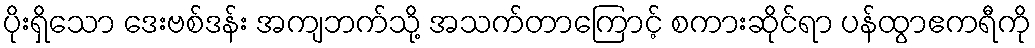
ပိုးရှိသော ဒေးဗစ်ဒန်း အကျဘက်သို့ အသက်တာကြောင့် စကားဆိုင်ရာ ပန်ထွာဧကရီကို